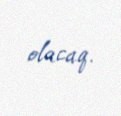
olacaq.